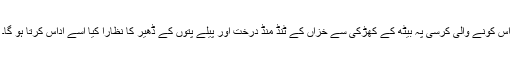
اس کونے والی کرسی پہ بیٹھ کے کھڑکی سے خزاں کے ٹنڈ منڈ درخت اور پیلے پتوں کے ڈھیر کا نظارا کیا اسے اداس کرتا ہو گا۔